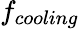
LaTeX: f_{cooling}